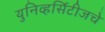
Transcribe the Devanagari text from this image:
युनिव्हर्सिटीजचे